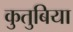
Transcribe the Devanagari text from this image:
कुतुबिया